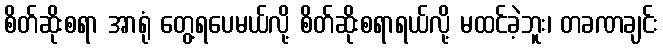
စိတ်ဆိုးစရာ အာရုံ တွေ့ရပေမယ်လို့ စိတ်ဆိုးစရာရယ်လို့ မထင်ခဲ့ဘူး၊ တခဏချင်း